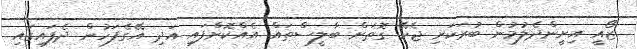
ޒޯއީ އިށީންދެލުމުން ބުރަކަށި ޖެހޭ ގޮތަށް ބާލީސްތައް އެއްކޮށްފައި އަދި އޭގެފަހުން ދެފައިގައި